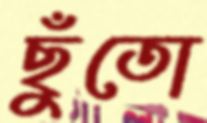
ছুঁতো